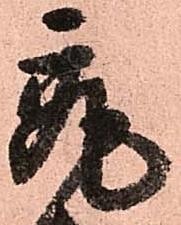
最